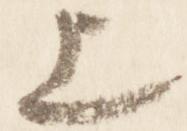
上